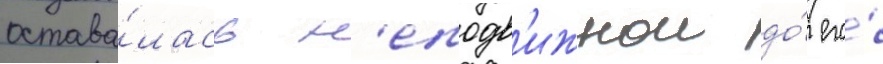
остава́лась н'еподв'ижнои до́ его́